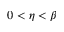
0 < \eta < \beta